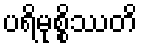
ပရိမုစ္စိဿတိ